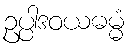
ဥပ္ပါဒဝယဓမ္မံ